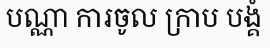
បណ្ណា ការចូល ក្រាប បង្គំ